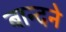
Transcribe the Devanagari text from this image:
बान्दने